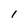
Character: i